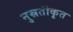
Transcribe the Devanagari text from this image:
नुस्रतीकृत